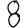
Digit: 8